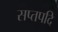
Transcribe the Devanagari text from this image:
सप्तपदि